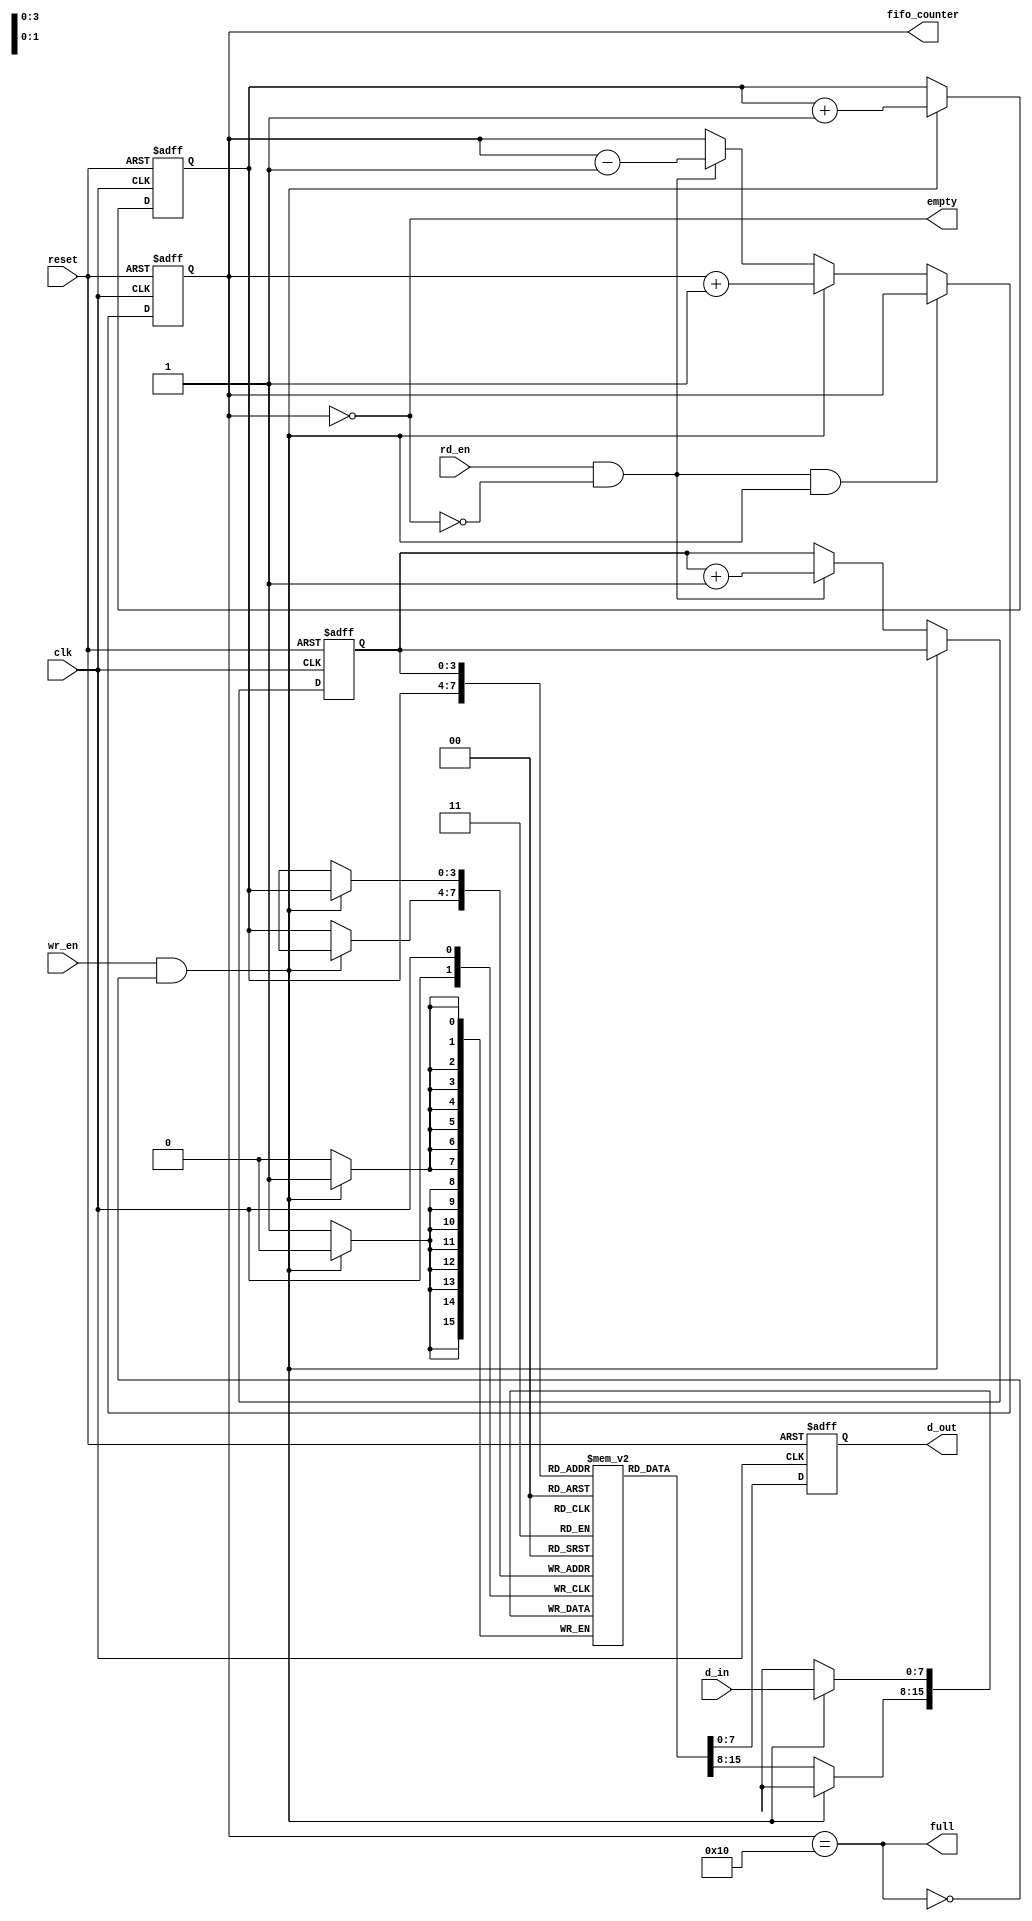
module fifo( clk,reset,d_in,wr_en,rd_en,full,empty,d_out,fifo_counter);

parameter DATA_WIDTH=8;
parameter DEPTH=16;

input clk,reset,wr_en,rd_en;
input [DATA_WIDTH-1:0]d_in;
output full,empty;
output [DATA_WIDTH-1:0]d_out;
output [4:0]fifo_counter;

wire clk;
wire reset;
wire [DATA_WIDTH-1:0]d_in;
wire wr_en;
wire rd_en;

reg full;
reg empty;
reg [DATA_WIDTH-1:0]d_out;
reg [4:0] fifo_counter;

//creating a reg called memory 
reg [DATA_WIDTH-1:0] memory [DEPTH-1:0];
reg [3:0] rd_ptr,wr_ptr;

//full and empty indication
always@(fifo_counter) begin
	empty=(fifo_counter==0);
	full=(fifo_counter==16);
end

//counter manipulation
always@(posedge clk or posedge reset) begin
	if(reset)
		fifo_counter<=0;
	else if((rd_en&&!empty) && (wr_en&&!full)) 
		fifo_counter<=fifo_counter;
	else if(wr_en&&!full)
		fifo_counter<=fifo_counter+1;
	else if(rd_en&&!empty)
		fifo_counter<=fifo_counter-1;
	else 
		fifo_counter<=fifo_counter;
end


//writing part

always@(posedge clk ) begin
	 if(wr_en&&!full) 
		memory[wr_ptr]<=d_in;
	else
		memory[wr_ptr]<=memory[wr_ptr];			  
end


//reading part 

always@(posedge clk or posedge reset) begin
	if(reset)
		d_out<=0;
	else if(rd_en && !empty)
		d_out<=memory[rd_ptr];
	else 
		d_out<=memory[rd_ptr];

end

// read write pointer manipulation

always@(posedge clk or posedge reset) begin
	if(reset) begin
		wr_ptr<=0;
		rd_ptr<=0;	
	end
	
	else if(wr_en&&!full)
		wr_ptr<=wr_ptr+1;
	else if(rd_en && !empty)
		rd_ptr<=rd_ptr+1;
	else begin
		rd_ptr<=rd_ptr;
		wr_ptr<=wr_ptr;
	     end
	     
end


endmodule